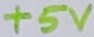
Text: +5V